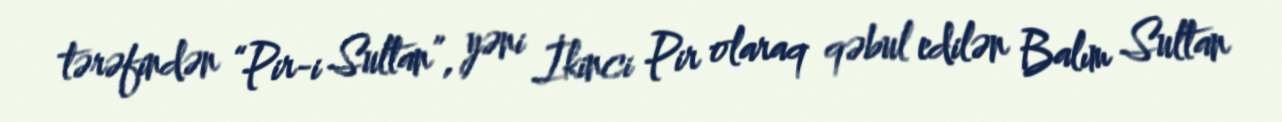
tərəfindən “Pir-i Sultan”, yəni İkinci Pir olaraq qəbul edilən Balım Sultan